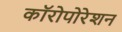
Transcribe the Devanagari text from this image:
कॉरोपोरेशन